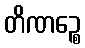
တိဏဉ္စေ